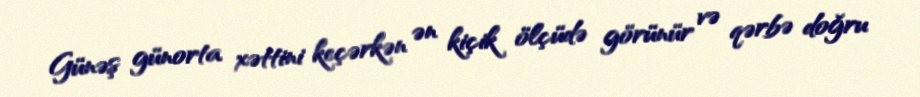
Günəş günorta xəttini keçərkən ən kiçik ölçüdə görünür və qərbə doğru